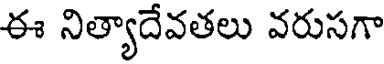
ఈ నిత్యాదేవతలు వరుసగా